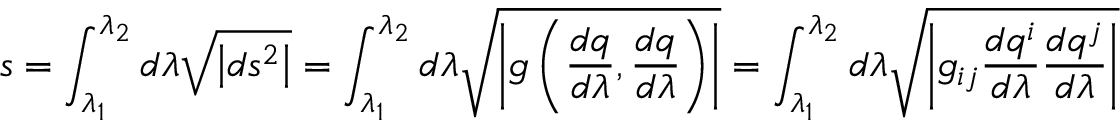
s = \int _ { \lambda _ { 1 } } ^ { \lambda _ { 2 } } d \lambda { \sqrt { \left| d s ^ { 2 } \right| } } = \int _ { \lambda _ { 1 } } ^ { \lambda _ { 2 } } d \lambda { \sqrt { \left| g \left( { \frac { d q } { d \lambda } } , { \frac { d q } { d \lambda } } \right) \right| } } = \int _ { \lambda _ { 1 } } ^ { \lambda _ { 2 } } d \lambda { \sqrt { \left| g _ { i j } { \frac { d q ^ { i } } { d \lambda } } { \frac { d q ^ { j } } { d \lambda } } \right| } }